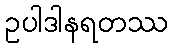
ဥပါဒါနရတဿ